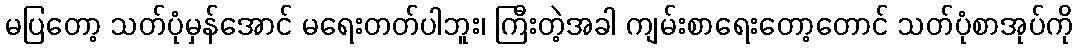
မပြတော့ သတ်ပုံမှန်အောင် မရေးတတ်ပါဘူး၊ ကြီးတဲ့အခါ ကျမ်းစာရေးတော့တောင် သတ်ပုံစာအုပ်ကို